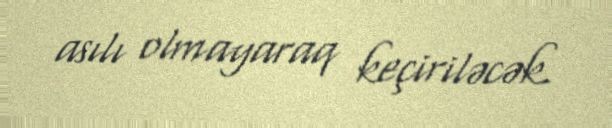
asılı olmayaraq keçiriləcək.